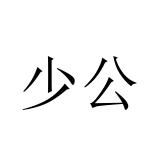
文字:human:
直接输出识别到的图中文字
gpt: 少公